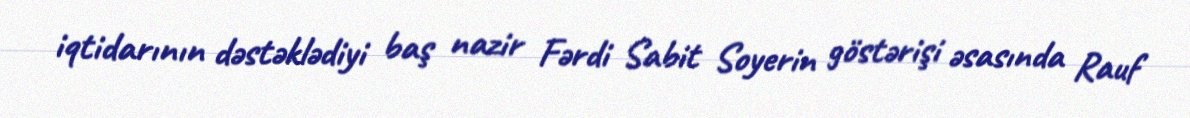
iqtidarının dəstəklədiyi baş nazir Fərdi Sabit Soyerin göstərişi əsasında Rauf